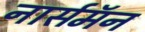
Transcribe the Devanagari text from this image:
नार्समॅन